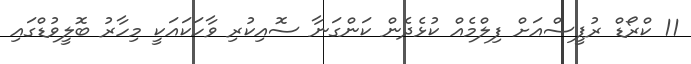
11 ކްރޯޑް ރުޕީސްއަށް ފިލްމެއް ކުޅެދެން ކަންގަނާ ސޮއިކުރި ވާހަކައަކީ މިހާރު ބޮލީވުޑްގައި